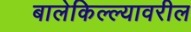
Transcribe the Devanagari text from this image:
बालेकिल्ल्यावरील